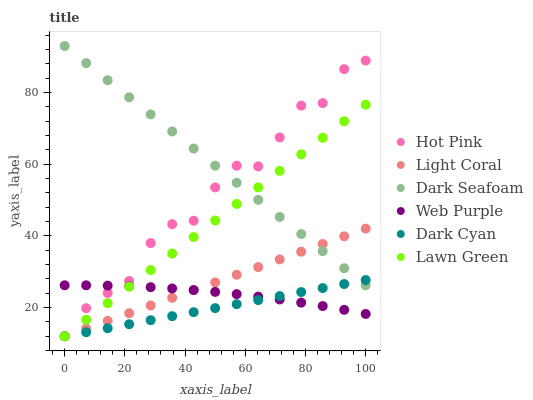
| xaxis_label | Hot Pink | Light Coral | Dark Seafoam | Web Purple | Dark Cyan | Lawn Green |
 | --- | --- | --- | --- | --- | --- | --- |
 | 0 | 12 | 12 | 93 | 26.2 | 12 | 12 |
 | 7.14 | 19.8 | 14.1 | 88.2 | 26.2 | 13.1 | 16.6 |
 | 14.3 | 24.1 | 16.3 | 83.5 | 26.1 | 14.2 | 21.2 |
 | 21.4 | 27.4 | 18.4 | 78.7 | 26 | 15.4 | 25.8 |
 | 28.6 | 38 | 20.6 | 73.9 | 25.7 | 16.5 | 30.5 |
 | 35.7 | 43.3 | 22.7 | 69.1 | 25.3 | 17.6 | 35.1 |
 | 42.9 | 44.2 | 24.9 | 64.4 | 24.9 | 18.7 | 39.7 |
 | 50 | 53.5 | 27 | 59.6 | 24.4 | 19.8 | 44.3 |
 | 57.1 | 59.6 | 29.2 | 54.8 | 23.8 | 21 | 48.9 |
 | 64.3 | 59.4 | 31.3 | 50.1 | 23.1 | 22.1 | 53.5 |
 | 71.4 | 67.5 | 33.5 | 45.3 | 22.3 | 23.2 | 58.2 |
 | 78.6 | 76.4 | 35.6 | 40.5 | 21.4 | 24.3 | 62.8 |
 | 85.7 | 77.1 | 37.7 | 35.8 | 20.4 | 25.4 | 67.4 |
 | 92.9 | 86.6 | 39.9 | 31 | 19.4 | 26.6 | 72 |
 | 100 | 88.9 | 42 | 26.2 | 18.2 | 27.7 | 76.6 |